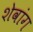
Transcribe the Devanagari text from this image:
शेवांग